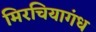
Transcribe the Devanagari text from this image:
मिरचियागंध